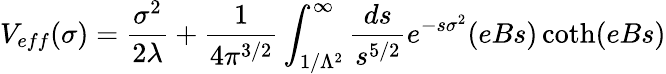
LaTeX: V_{eff}(\sigma)={\frac{\sigma^{2}}{2\lambda}}+{\frac{1}{4\pi^{3/2}}}\int_{1/\Lambda^{2}}^{\infty}{\frac{ds}{s^{5/2}}}e^{-s\sigma^{2}}(eBs)\coth(eBs)